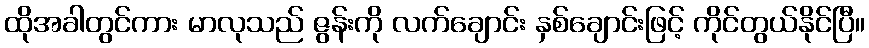
ထိုအခါတွင်ကား မာလုသည် ဇွန်းကို လက်ချောင်း နှစ်ချောင်းဖြင့် ကိုင်တွယ်နိုင်ပြီ။